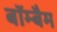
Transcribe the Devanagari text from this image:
बॉम्बैम